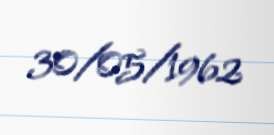
30/05/1962